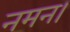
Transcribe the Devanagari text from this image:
नमन।